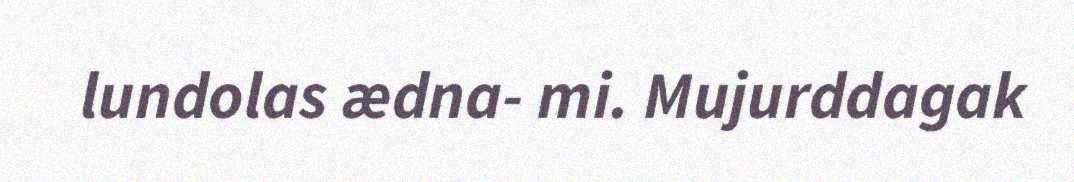
lundolas ædna- mi. Mujurddagak